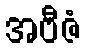
အဗီဇံ